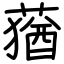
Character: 蕕